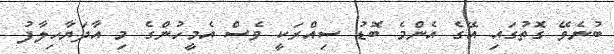
ބުނެވޭ ގޮތުގައި އޭގެ އެންމެ ބޮޑު ސިއްރަކީ ވެސް އެމީހުންގެ މި އާދަޔާހިލާފު